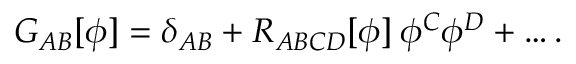
G _ { A B } [ \phi ] = \delta _ { A B } + R _ { A B C D } [ \phi ] \: \phi ^ { C } \phi ^ { D } + \ldots .